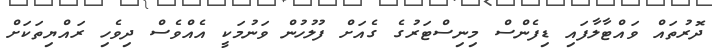
ދޮރުތައް ވައްޓާލާފައި ޑިފެންސް މިނިސްޓަރުގެ ގެއަށް ފުލުހުން ވަނުމަކީ އެއްވެސް ދިވެހި ރައްޔިތަކަށް